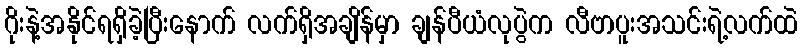
ဂိုးနဲ့အနိုင်ရရှိခဲ့ပြီးနောက် လက်ရှိအချိန်မှာ ချန်ပီယံလုပွဲက လီဗာပူးအသင်းရဲ့လက်ထဲ